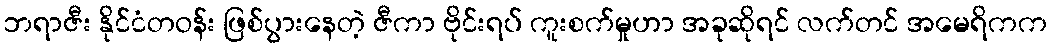
ဘရာဇီး နိုင်ငံတဝန်း ဖြစ်ပွားနေတဲ့ ဇီကာ ဗိုင်းရပ် ကူးစက်မှုဟာ အခုဆိုရင် လက်တင် အမေရိကက